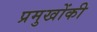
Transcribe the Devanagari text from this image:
प्रमुखोंकी